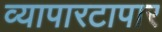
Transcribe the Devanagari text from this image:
व्यापारटापार